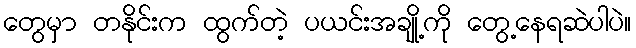
တွေမှာ တနိုင်းက ထွက်တဲ့ ပယင်းအချို့ကို တွေ့နေရဆဲပါပဲ။